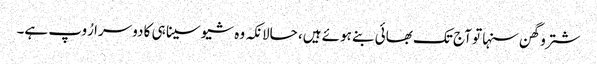
شتروگھن سنہا تو آج تک بھائی بنے ہوئے ہیں، حالانکہ وہ شیوسینا ہی کا دوسرا رُوپ ہے۔